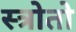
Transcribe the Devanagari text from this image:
स्त्रोतो